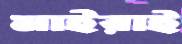
মাইরাই